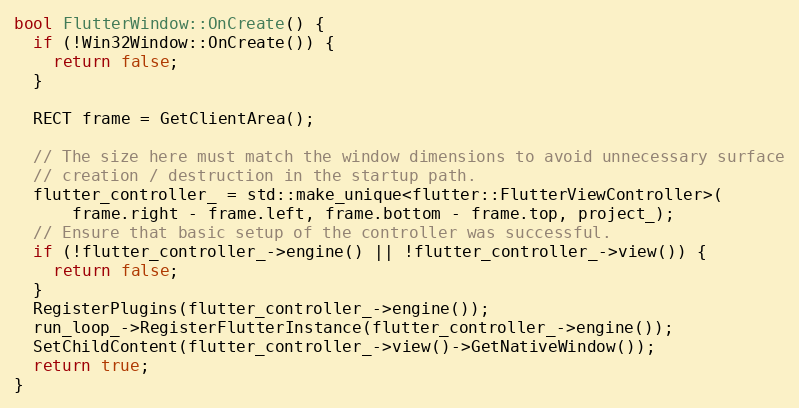
Language: C++
bool FlutterWindow::OnCreate() {
  if (!Win32Window::OnCreate()) {
    return false;
  }

  RECT frame = GetClientArea();

  // The size here must match the window dimensions to avoid unnecessary surface
  // creation / destruction in the startup path.
  flutter_controller_ = std::make_unique<flutter::FlutterViewController>(
      frame.right - frame.left, frame.bottom - frame.top, project_);
  // Ensure that basic setup of the controller was successful.
  if (!flutter_controller_->engine() || !flutter_controller_->view()) {
    return false;
  }
  RegisterPlugins(flutter_controller_->engine());
  run_loop_->RegisterFlutterInstance(flutter_controller_->engine());
  SetChildContent(flutter_controller_->view()->GetNativeWindow());
  return true;
}